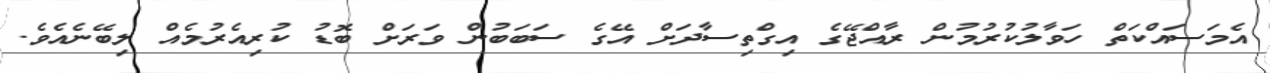
އެމަސައްކަތް ހަވާލުކުރުމުން ރާއްޖޭގެ އިގްތިސާދަށް އޭގެ ސަބަބުން ވަރަށް ބޮޑު ކުރިއެރުމެއް ލިބޭނެއެވެ.